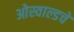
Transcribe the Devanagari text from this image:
ओस्वाल्डचे